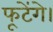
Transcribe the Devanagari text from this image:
फूटेंगे।